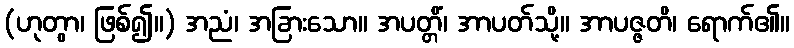
(ဟုတွာ၊ ဖြစ်၍။) အညံ၊ အခြားသော။ အပတ္တိံ၊ အာပတ်သို့။ အာပဇ္ဇတိ၊ ရောက်၏။